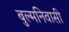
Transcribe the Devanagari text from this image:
बुल्मनिवासी